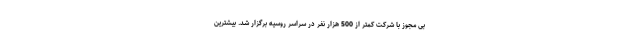
بی مجوز با شرکت کمتر از 500 هزار نفر در سراسر روسیه برگزار شد. بیشترین